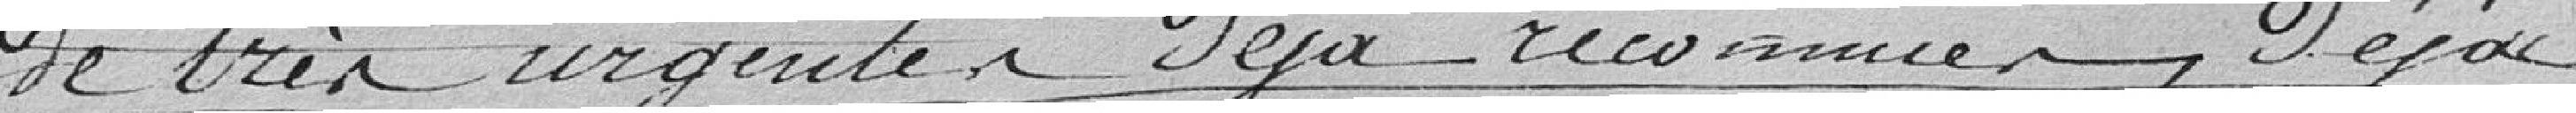
de très urgentes déjà reconnues, déjà